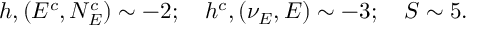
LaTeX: h , ( E ^ { c } , N _ { E } ^ { c } ) \sim - 2 ; ~ ~ ~ h ^ { c } , ( \nu _ { E } , E ) \sim - 3 ; ~ ~ ~ S \sim 5 .